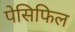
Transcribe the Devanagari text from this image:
पेसिफिल